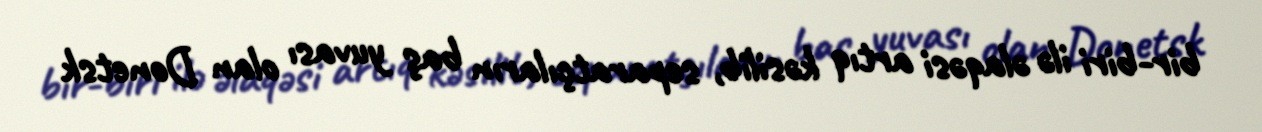
bir-biri ilə əlaqəsi artıq kəsilib, separatçıların baş yuvası olan Donetsk